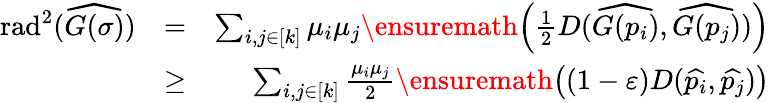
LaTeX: \begin{array}{rlr}{\mathrm{{rad}}^{2}(\widehat{G(\sigma)})}&{=}&{\sum_{i,j\in[k]}\mu_{i}\mu_{j}\ensuremath{\left(\frac{1}{2}D(\widehat{G(p_{i})},\widehat{G(p_{j})})\right)}}\\ &{\geq}&{\sum_{i,j\in[k]}\frac{\mu_{i}\mu_{j}}{2}\ensuremath{\left((1-{\varepsilon})D(\widehat{p_{i}},\widehat{p_{j}})\right)}}\end{array}